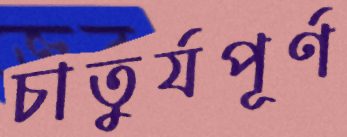
চাতুর্যপূর্ণ